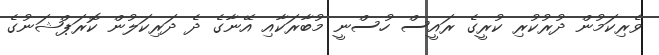
ވެރިކަމުން ދުރުކުރި ކުރީގެ ރައީސް ހުސްނީ މުބާރަކާއި އޭނާގެ ދެ ދަރިކަލުން ކޮރަޕްޝަނުގެ